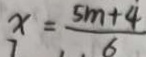
x = \frac { 5 m + 4 } { 6 }